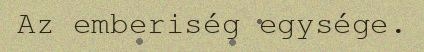
Az emberiség egysége.